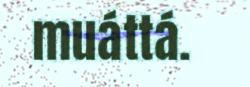
muáttá.